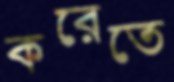
করেতে